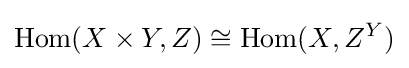
\mathrm {Hom} (X\times Y,Z)\cong \mathrm {Hom} (X,Z^{Y})